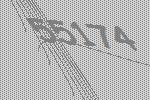
55174